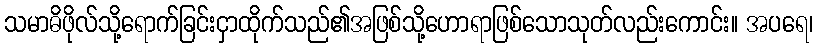
သမာဓိဖိုလ်သို့ရောက်ခြင်းငှာထိုက်သည်၏အဖြစ်သို့ဟောရာဖြစ်သောသုတ်လည်းကောင်း။ အပရေ၊